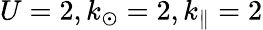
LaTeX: U=2,k_{\odot}=2,k_{\parallel}=2